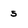
Character: 5